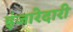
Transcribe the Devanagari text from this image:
इंजारेदारी